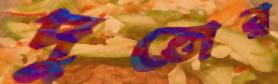
দুত্তোর